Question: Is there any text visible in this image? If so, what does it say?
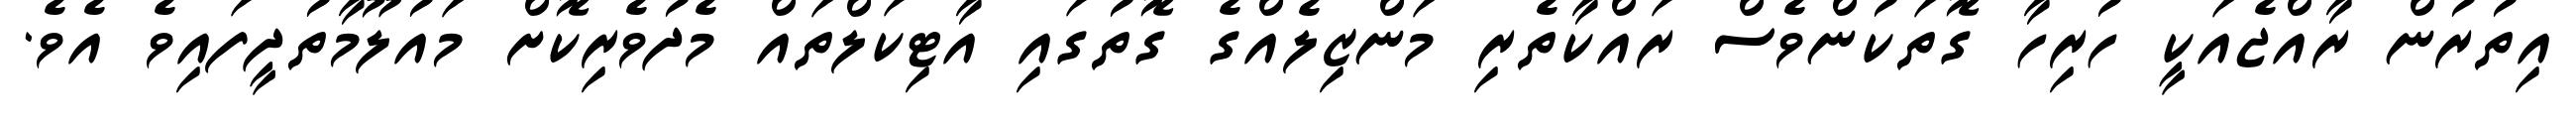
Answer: އިތުރުން ރާއްޖެއަކީ ހުރިހާ ގޮތަކުންވެސް ރައްކާތެރި މަންޒިލެއްގެ ގޮތުގައި އާޓިކަލްތައް މެދުވެރިކޮށް މައުލޫމާތުދީފައިވެ އެވެ.